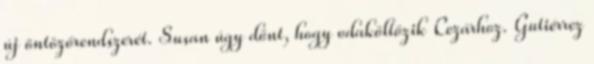
új öntözőrendszerét. Susan úgy dönt, hogy odaköltözik Cezárhoz. Gutiérrez